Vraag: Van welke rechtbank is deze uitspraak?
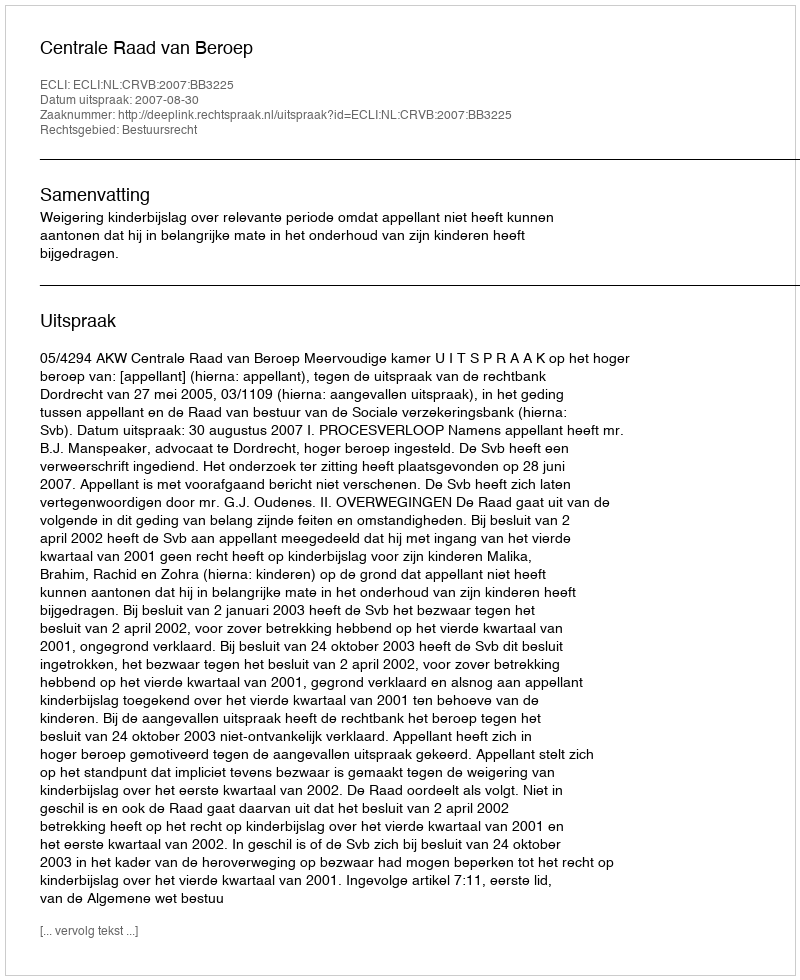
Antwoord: Centrale Raad van Beroep